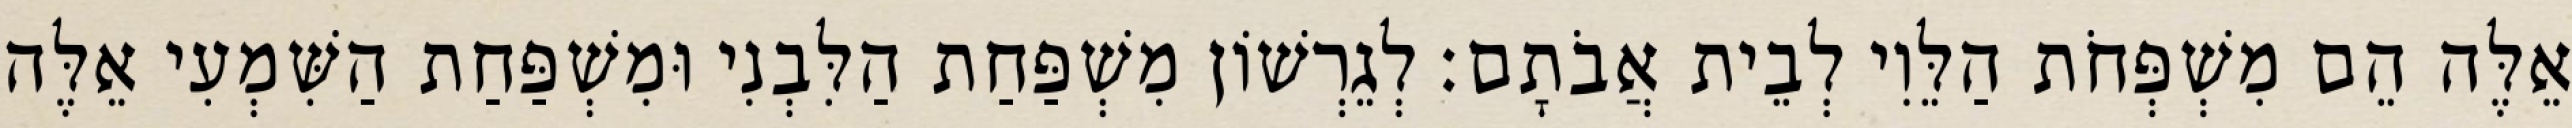
אֵלֶּה הֵם מִשְׁפְּחֹת הַלֵּוִי לְבֵית אֲבֹתָם׃ לְגֵרְשׁוֹן מִשְׁפַּחַת הַלִּבְנִי וּמִשְׁפַּחַת הַשִּׁמְעִי אֵלֶּה